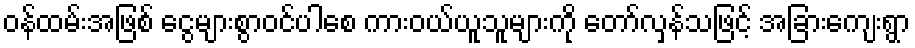
ဝန်ထမ်းအဖြစ် ငွေများစွာဝင်ပါစေ ကားဝယ်ယူသူများကို တော်လှန်သဖြင့် အခြားကျေးရွာ